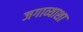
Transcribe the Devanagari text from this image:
जगाव्याशा